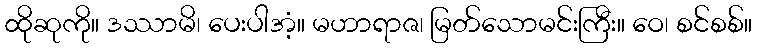
ထိုဆုကို။ ဒဿာမိ၊ ပေးပါအံ့။ မဟာရာဇ၊ မြတ်သောမင်းကြီး။ ဝေ၊ စင်စစ်။